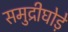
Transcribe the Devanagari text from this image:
समुद्रीघोड़े